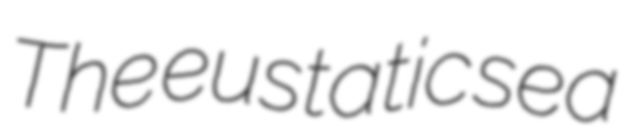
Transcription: The eustatic sea